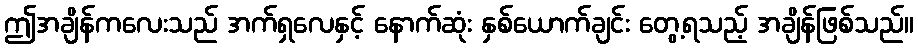
ဤအချိန်ကလေးသည် အက်ရှလေနှင့် နောက်ဆုံး နှစ်ယောက်ချင်း တွေ့ရသည့် အချိန်ဖြစ်သည်။